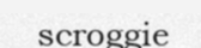
scroggie